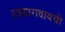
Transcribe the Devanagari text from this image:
साकारावायची